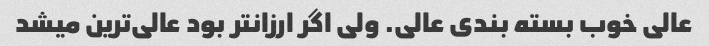
عالی خوب بسته بندی عالی. ولی اگر ارزانتر بود عالی‌ترین میشد